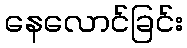
နေလောင်ခြင်း